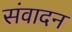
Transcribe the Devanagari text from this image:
संवादन